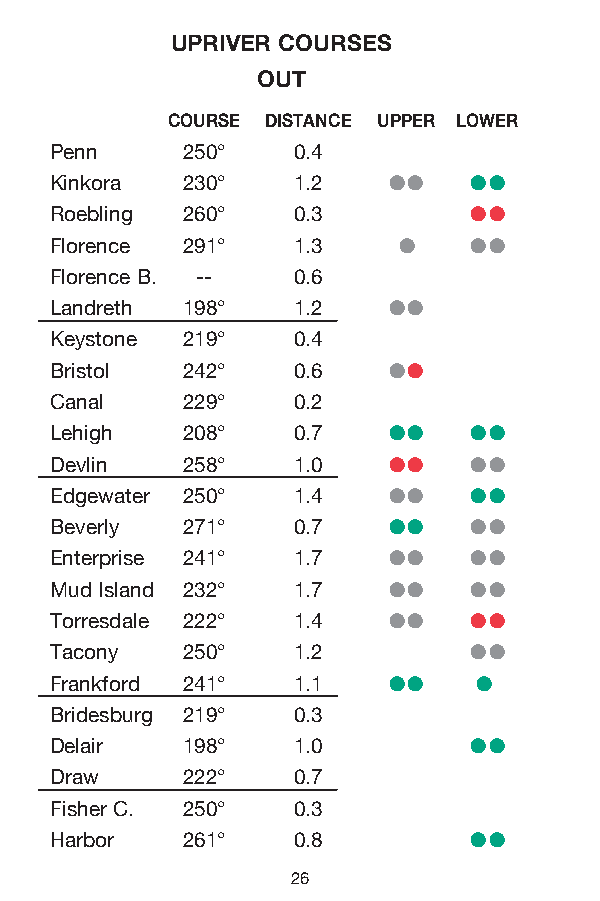
UPRIVER COURSES
 OUT
 COURSE DISTANCE UPPER LOWER
 Penn 250° 0.4
 l l l l
 Kinkora 230° 1.2
 l l
 Roebling 260° 0.3
 l l l
 Florence 291° 1.3
 Florence B. -- 0.6
 l l
 Landreth 198° 1.2
 Keystone 219° 0.4
 l l
 Bristol 242° 0.6
 Canal 229° 0.2
 l l l l
 Lehigh 208° 0.7
 l l l l
 Devlin 258° 1.0
 l l l l
 Edgewater 250° 1.4
 l l l l
 Beverly 271° 0.7
 l l l l
 Enterprise 241° 1.7
 l l l l
 Mud Island 232° 1.7
 l l l l
 Torresdale 222° 1.4
 l l
 Tacony 250° 1.2
 l l l l
 Frankford 241° 1.1
 Bridesburg 219° 0.3
 l l
 Delair 198° 1.0
 Draw 222° 0.7
 Fisher C. 250° 0.3
 l l
 Harbor 261° 0.8
 26